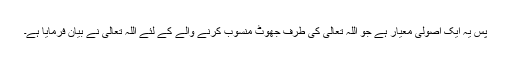
پس یہ ایک اصولی معیار ہے جو اللہ تعالیٰ کی طرف جھوٹ منسوب کرنے والے کے لئے اللہ تعالیٰ نے بیان فرمایا ہے۔